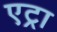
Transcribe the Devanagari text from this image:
एट्रा